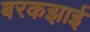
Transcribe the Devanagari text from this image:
बरकझाई